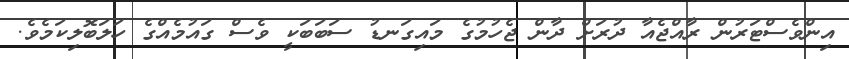
އިންވެސްޓަރުން ރާއްޖެއާ ދުރަށް ދާން ޖެހުމުގެ މައިގަނޑު ސަބަބަކީ ވެސް ގައުމެއްގެ ހަލަބޮލިކަމެވެ.